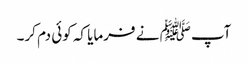
آپﷺ نے فرمایا کہ کوئی دم کر۔